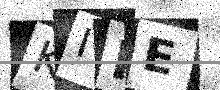
Text: KIIE